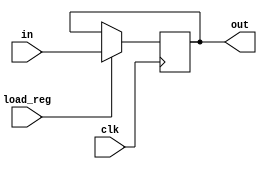
module Register(
    	input wire clk,
    	input wire load_reg,
    	input wire [DATA_WIDTH-1:0] in,
    	output reg [DATA_WIDTH-1:0] out);

	parameter DATA_WIDTH = 32;

	always@(posedge clk) begin
    	if(load_reg) begin
        	out = in;
    	end
    	// else out = out
	end

endmodule